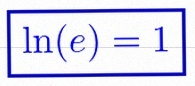
\ln(e)=1